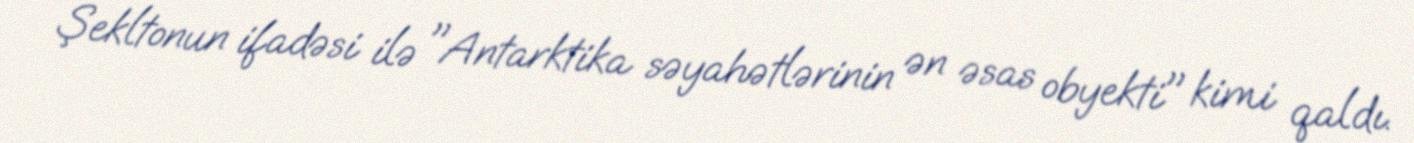
Şekltonun ifadəsi ilə "Antarktika səyahətlərinin ən əsas obyekti" kimi qaldı.